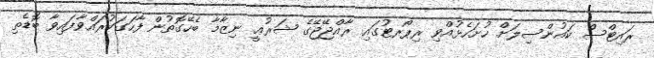
ރައިޓްސް ކައުންސިލަށް ހުށަހެޅުއްވި ރިޕޯރޓުގައި ރާއްޖޭޖޭގެ ޝަރުޢީ ނިޒާމާ ބެހޭގޮތުން ފާހަގަކުރައްވާފައިވާ ބޮޑެތި